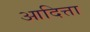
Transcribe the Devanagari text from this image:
आदित्ता